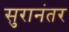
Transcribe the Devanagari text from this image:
सुरानंतर